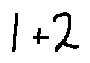
1 + 2